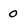
Character: 0